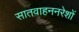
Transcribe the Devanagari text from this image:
सातवाहननरेशों